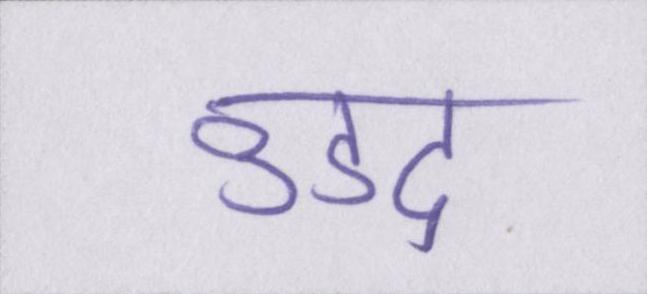
उडद